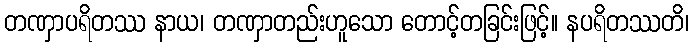
တဏှာပရိတဿ နာယ၊ တဏှာတည်းဟူသော တောင့်တခြင်းဖြင့်။ နပရိတဿတိ၊